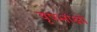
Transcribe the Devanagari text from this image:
वृषभाक्षो